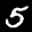
Label: 5